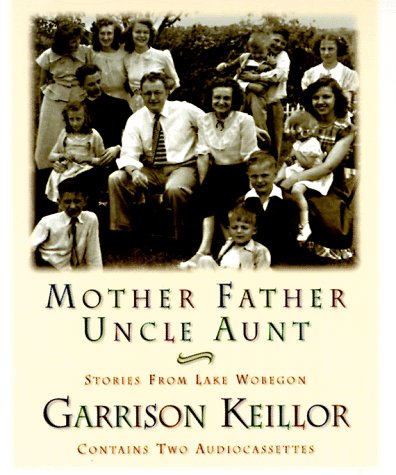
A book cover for Mother Father Uncle Aunt; Garrison Keillor; Humor & Entertainment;